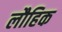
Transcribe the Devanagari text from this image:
लौहिक